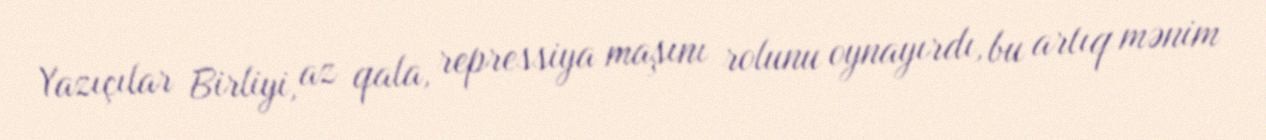
Yazıçılar Birliyi, az qala, repressiya maşını rolunu oynayırdı, bu artıq mənim